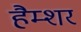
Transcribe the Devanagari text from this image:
हैम्शर